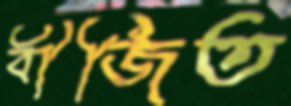
বীজিত